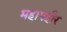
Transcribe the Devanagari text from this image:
महापहौर